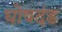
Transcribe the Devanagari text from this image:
घोषदंड